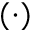
( \cdot )